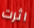
اثرت